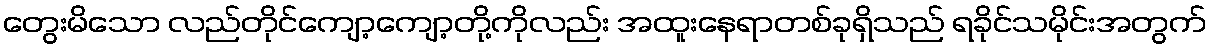
တွေးမိသော လည်တိုင်ကျော့ကျော့တို့ကိုလည်း အထူးနေရာတစ်ခုရှိသည် ရခိုင်သမိုင်းအတွက်